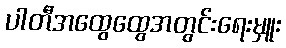
ပါတီအထွေထွေအတွင်းရေးမှူး